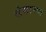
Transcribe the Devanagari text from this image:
संसारण